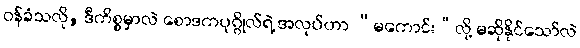
ဝန်ခံသလို, ဒီကိစ္စမှာလဲ စောဒကပုဂ္ဂိုလ်ရဲ့ အလုပ်ဟာ “မကောင်း”လို့ မဆိုနိုင်သော်လဲ